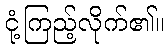
ငုံ့ကြည့်လိုက်၏။